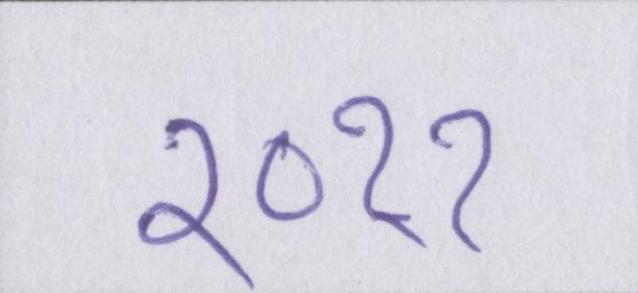
२०११